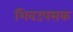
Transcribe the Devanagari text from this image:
शिवउपसक